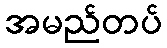
အမည်တပ်